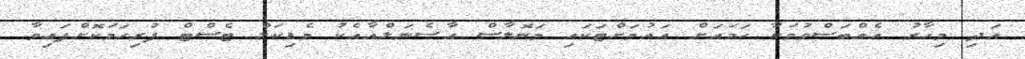
އަދި މިހާރު އެއްބަސްވުމަކާ ހަމައަށް އައުމަށްޓަކައި މަނޮލާސް އާސެނަލްއާއެކު މެޑިކަލް ޓެސްޓް ފުރިހަމަކޮށްފައިވާ